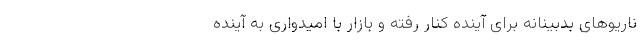
ناریوهای بدبینانه برای آینده کنار رفته و بازار با امیدواری به آینده